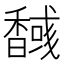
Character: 𮩫